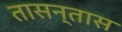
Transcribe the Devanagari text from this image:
तासन्तास